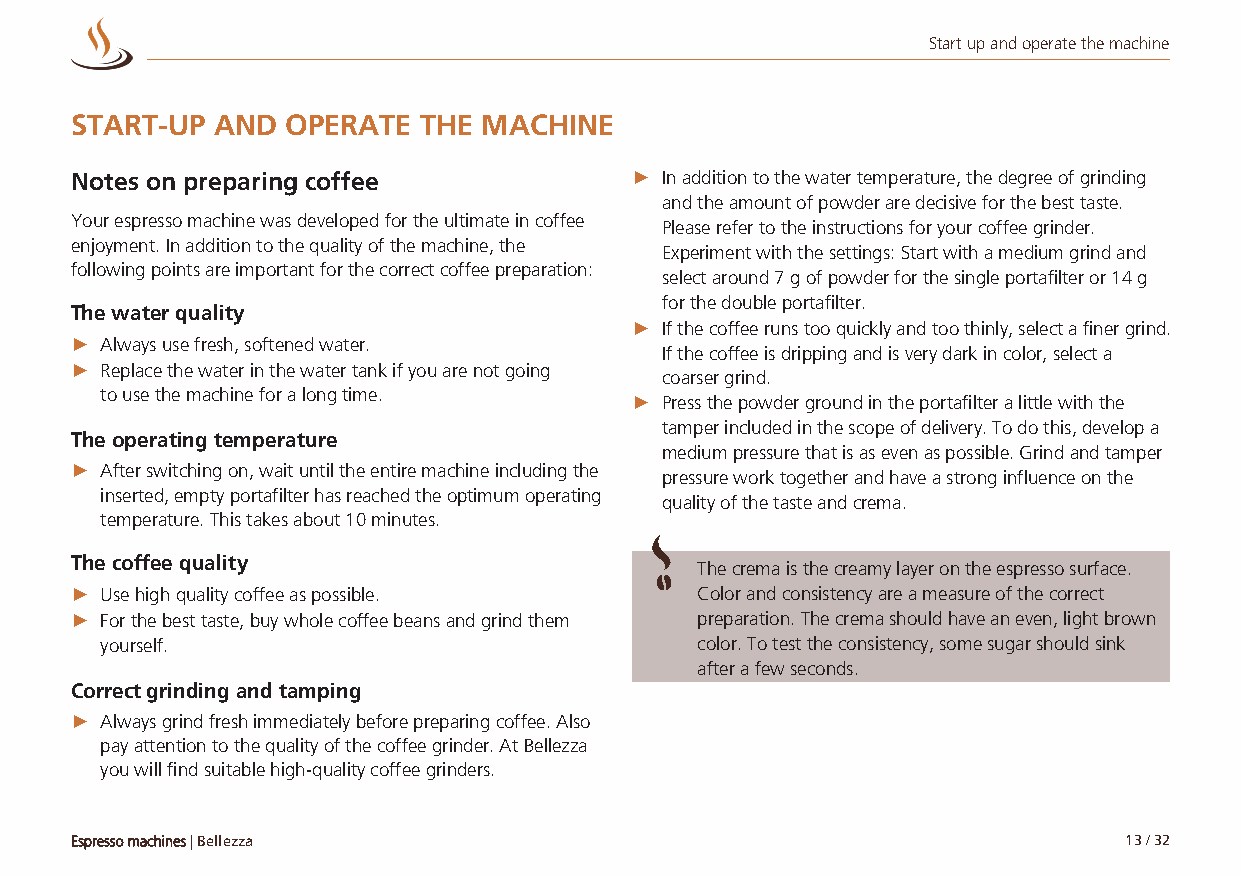
Start up and operate the machine
 START-UP AND  OPERATE  THE MACHINE
 Notes on preparing coffee            ► In addition to the water temperature, the degree of grinding
 and the amount of powder are decisive for the best taste.
 Your espresso machine was developed for the ultimate in coffee
 Please refer to the instructions for your coffee grinder.
 enjoyment. In addition to the quality of the machine, the
 Experiment with the settings: Start with a medium grind and
 following points are important for the correct coffee preparation:
 select around 7 g of powder for the single portafilter or 14 g
 for the double portafilter.
 The water quality
 ► If the coffee runs too quickly and too thinly, select a finer grind.
 ► Always use fresh, softened water.
 If the coffee is dripping and is very dark in color, select a
 ► Replace the water in the water tank if you are not going
 coarser grind.
 to use the machine for a long time.
 ► Press the powder ground in the portafilter a little with the
 tamper included in the scope of delivery. To do this, develop a
 The operating temperature
 medium pressure that is as even as possible. Grind and tamper
 ► After switching on, wait until the entire machine including the pressure work together and have a strong influence on the
 inserted, empty portafilter has reached the optimum operating
 quality of the taste and crema.
 temperature. This takes about 10 minutes.
 The coffee quality                       The crema is the creamy layer on the espresso surface.
 ► Use high quality coffee as possible.   Color and consistency are a measure of the correct
 ► For the best taste, buy whole coffee beans and grind them preparation. The crema should have an even, light brown
 yourself.                              color. To test the consistency, some sugar should sink
 after a few seconds.
 Correct grinding and tamping
 ► Always grind fresh immediately before preparing coffee. Also
 pay attention to the quality of the coffee grinder. At Bellezza
 you will find suitable high-quality coffee grinders.
 Espresso machines | Bellezza                                         13 / 32